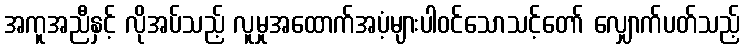
အကူအညီနှင့် လိုအပ်သည့် လူမှုအထောက်အပံ့များပါဝင်သောသင့်တော် လျှောက်ပတ်သည့်